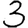
Digit: 3